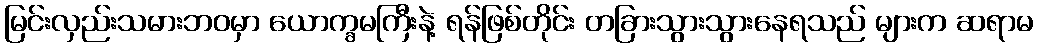
မြင်းလှည်းသမားဘဝမှာ ယောက္ခမကြီးနဲ့ ရန်ဖြစ်တိုင်း တခြားသွားသွားနေရသည် များက ဆရာမ